Annual administration report of the Civil Veterinary Department of India - 1894-1895
Year: 1894
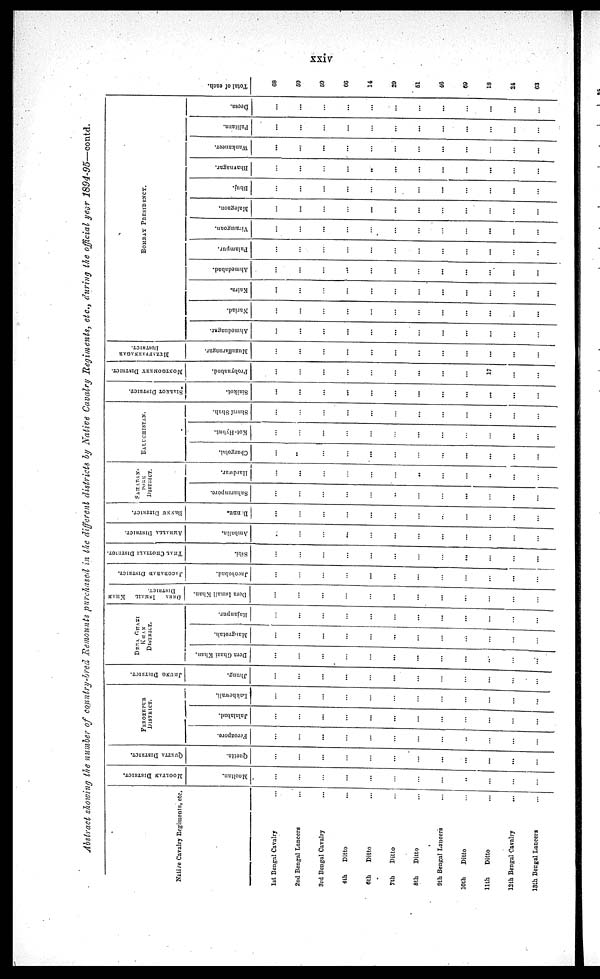
xxiv
Abstract showing the number of country-bred Remounts purchased in the different districts by Native Cavalry Regiments, etc., during the official year 1894-95—contd.
Native
Cavalry Regiments, etc.
1st Bengal Cavalry …
2nd Bengal Lancers …
3rd Bengal Cavalry …
4th
Ditto
...
6th
Ditto …
7th
Ditto …
8th
Ditto …
9th Bengal Laneers …
10th
Ditto …
11th
Ditto …
12th Bengal Cavalry...
13th Bengal Lancers …
MOOLTAN DISTRICT.
Mooltan.
…
…
…
…
…
…
…
…
…
…
…
…
QUETTA DISTRICT.
Quetta.
…
…
…
…
…
…
…
…
…
…
...
…
FEROZEPUR
DISTRICT.
Ferozpore.
…
…
...
…
…
…
…
...
…
…
…
…
Jalalabad.
…
…
…
…
…
…
…
…
…
…
…
…
Lakhewali.
…
…
…
…
…
…
…
…
…
…
...
...
JHUNG DISTRICT.
Jhung.
…
…
…
…
…
…
…
…
…
…
...
...
DERA
GHAZI
KHAN
DISTRICT.
Dera
Ghazi Khan.
…
…
…
…
…
...
...
...
…
…
…
...
Mangrotah.
…
…
…
…
…
…
…
…
…
…
…
...
Rajanpur.
...
…
…
…
...
…
…
…
…
…
…
…
DERA ISMAIL KHAN
DISTRICT.
Dera
Ismail Khan.
…
…
…
…
…
…
…
…
…
…
…
…
JACOBABAD DISTRICT.
Jacobabad.
…
…
…
…
…
…
…
…
…
…
...
...
THAL CHOTIALI DISTRICT.
Sibi.
…
…
…
…
…
…
…
…
...
…
…
…
AMBALLA
DISTRICT.
Amballa.
…
…
…
…
…
…
…
…
…
…
…
…
BaNNU DISTRICT.
B: nnu.
...
…
…
…
…
…
…
…
…
…
…
…
SAHABAN¬
PORE
DISTRICT.
Saharanpore.
…
…
…
…
…
..
…
…
...
…
...
…
Hardwar.
…
…
…
…
…
…
..
…
...
..
...
…
BALUCHISTAN.
Chargolai.
…
..
…
…
...
…
…
…
…
…
…
…
Kot-Hybut.
…
…
…
…
…
…
…
…
…
…
...
…
Sharif
Shah.
…
…
…
…
…
…
…
…
…
…
…
…
SIALKOT DISTRICT.
Siaikot.
…
...
…
…
…
…
…
…
…
...
...
…
MONTGOMERY DISTRICT.
Probynabad.
…
…
…
…
…
…
…
…
…
17
…
…
MUZAFFARNAGAR
DISTRICT.
Muzuffarnagar.
…
…
…
…
…
…
…
…
…
…
…
…
BOMBAY PRESIDENCY.
Ahmednagar.
…
…
…
…
…
…
…
…
…
…
…
…
Nariad.
…
…
…
…
…
…
…
…
…
...
…
…
Kaira.
...
…
…
…
…
…
…
…
...
...
…
...
Ahmedabad.
…
...
…
...
…
…
…
…
…
…
…
…
Palampur.
…
…
…
…
…
…
…
…
…
...
…
…
Viramgoan.
…
…
…
…
…
…
…
…
…
...
…
…
Malegaon.
…
…
…
…
...
…
…
…
…
…
…
…
Bhuj.
…
…
…
…
…
…
…
…
…
…
...
…
Bhavnagar.
…
…
…
…
..
…
…
…
...
...
…
…
Wankaneer.
...
…
…
…
…
…
…
…
…
…
…
…
Palitana.
…
…
…
…
…
…
…
…
…
…
…
…
Deesa.
…
…
…
…
…
…
…
...
…
…
…
…
Total of each.
68
59
59
66
14
29
51
46
69
18
24
63